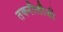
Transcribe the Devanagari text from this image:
तक्नौलौजी